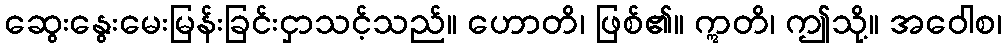
ဆွေးနွေးမေးမြန်းခြင်းငှာသင့်သည်။ ဟောတိ၊ ဖြစ်၏။ ဣတိ၊ ဤသို့။ အဝေါစ၊